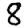
Digit: 8